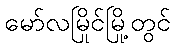
မော်လမြိုင်မြို့တွင်